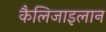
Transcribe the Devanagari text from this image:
कैलिजाइलान